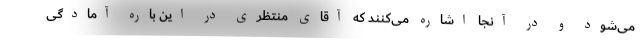
می‌شود و در آنجا اشاره می‌کنند که آقای منتظری در این باره آمادگی